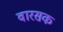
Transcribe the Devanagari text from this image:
वारसक